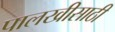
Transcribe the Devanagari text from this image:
पालखीसाठी